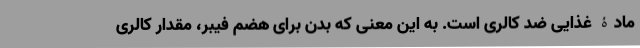
مادۀ غذایی ضد کالری است. به این معنی که بدن برای هضم فیبر، مقدار کالری